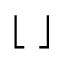
\lfloor \ \rfloor